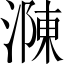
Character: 𣼼